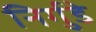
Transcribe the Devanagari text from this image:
निर्गुडे